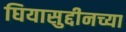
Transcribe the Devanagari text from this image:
घियासुद्दीनच्या